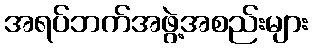
အရပ်ဘက်အဖွဲ့အစည်းများ